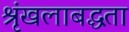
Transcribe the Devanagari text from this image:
श्रृंखलाबद्धता